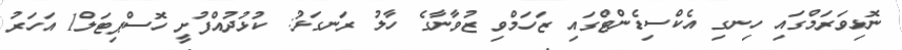
ނޮޅިވަރަމްގައި ހިނގި އެކްސިޑެންޓްގައި ޒަހަމްވި ޒުވާނާގެ ހާލު ރަނގަޅު: ކުޅުދުއްފުށީ ހޮސްޕިޓަލް1 އަހަރު